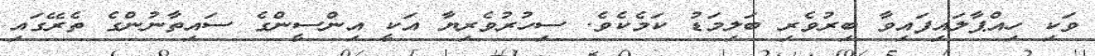
ވަކި ހިއްޕާލައިފައިވާ ބިރުވެރި ބަލިމަޑު ކަމެކެވެ. ސިހުރުވެރިޔާ އަކީ އިންސީންގެ ސައިތާނުންގެ ތެރޭގައި